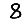
Digit: 8